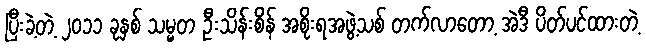
ပြီးခဲ့တဲ့ ၂၀၁၁ ခုနှစ် သမ္မတ ဦးသိန်းစိန် အစိုးရအဖွဲ့သစ် တက်လာတော့ အဲဒီ ပိတ်ပင်ထားတဲ့